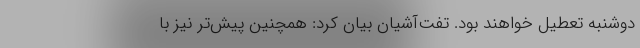
دوشنبه تعطیل خواهند بود. تفت‌آشیان بیان کرد: همچنین پیش‌تر نیز با